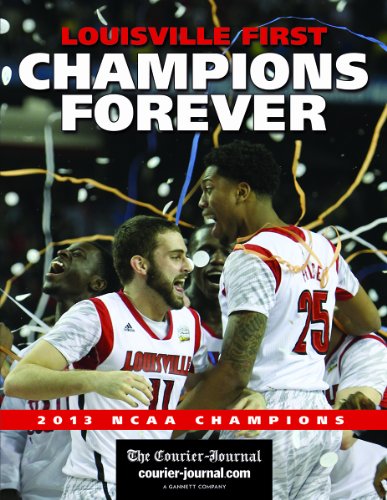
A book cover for Louisville First, Champions Forever; The Courier-Journal Staff; Sports & Outdoors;